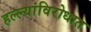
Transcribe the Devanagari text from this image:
हल्ल्यांविरोधात